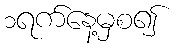
၁ရက်နေ့မှစ၍